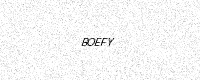
Text: BOEFY